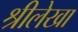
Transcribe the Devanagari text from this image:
श्रीलेखा